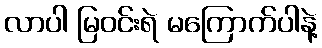
လာပါ မြဝင်းရဲ မကြောက်ပါနဲ့